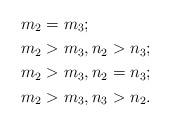
LaTeX: \begin{align*}&m_2=m_3;\\&m_2>m_3,n_2>n_3;\\&m_2>m_3,n_2=n_3;\\&m_2>m_3,n_3>n_2.\end{align*}